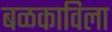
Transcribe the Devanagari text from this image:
बळकाविला